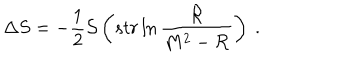
\Delta S = - \frac { 1 } { 2 } { \cal S } \left( s t r \ln \frac { { \cal R } } { M ^ { 2 } - { \cal R } } \right) \ .